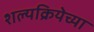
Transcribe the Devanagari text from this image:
शल्यक्रियेच्या